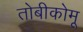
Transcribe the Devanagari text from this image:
तोबीकोमू